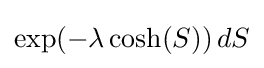
\exp(-\lambda \cosh(S))\,dS